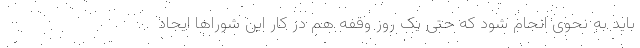
باید به نحوی انجام شود که حتی یک روز وقفه هم در کار این شوراها ایجاد